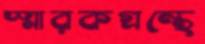
স্মারকগ্রন্থে